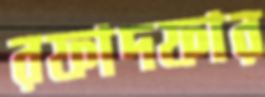
রফাদফার